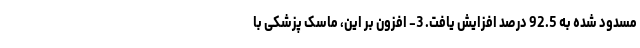
مسدود شده به 92.5 درصد افزایش یافت. 3- افزون بر این، ماسک پزشکی با